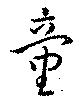
童